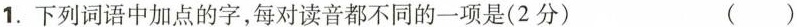
1.下列词语中加点的字，每对读音都不同的一项是(2分) ()